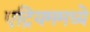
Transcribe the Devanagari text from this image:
एट्रियममध्ये